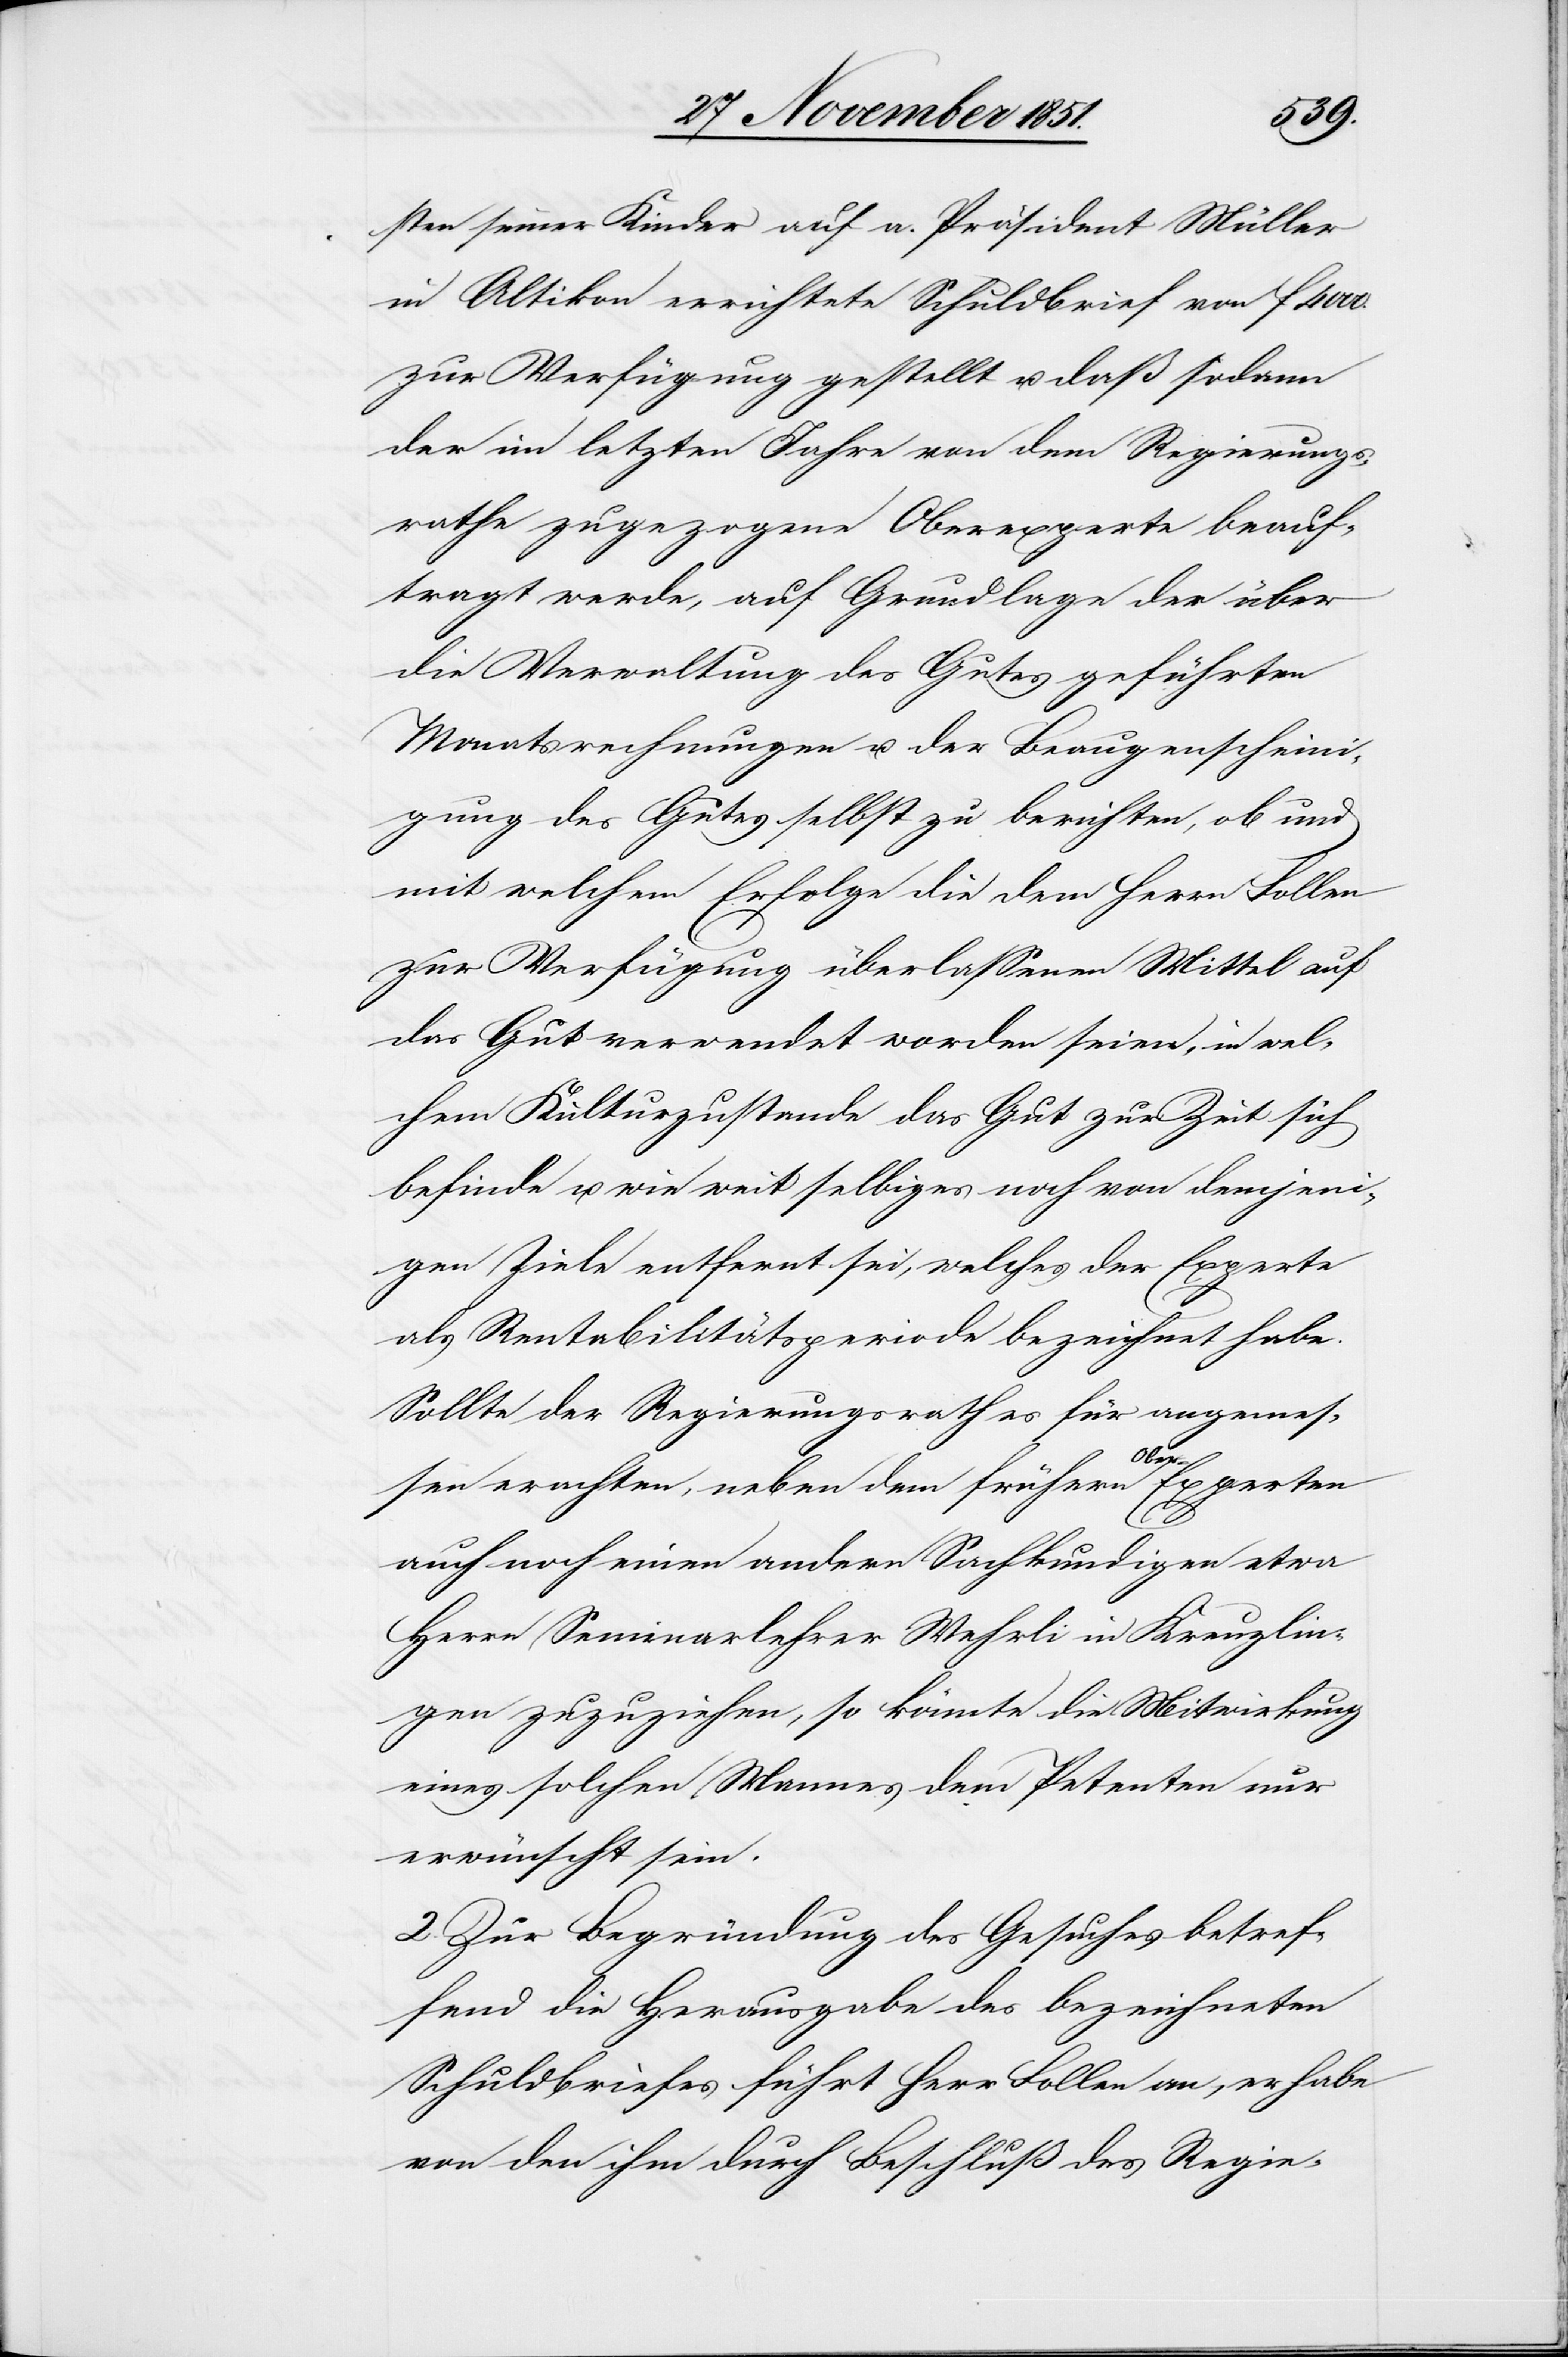
sten seiner Kinder auf a. Präsident Müller
in Altikon errichtete Schuldbrief von f 4000.
zur Verfügung gestellt u. daß sodann
der im letzten Jahre von dem Regierungs¬
rathe zugezogene Oberexperte beauf¬
tragt werde, auf Grundlage der über
die Verwaltung des Gutes geführten
Monatsrechnungen u. der Beaugenscheini¬
gung des Gutes selbst zu berichten, ob und
mit welchem Erfolge die dem Herrn Follen
zur Verfügung überlassenen Mittel auf
das Gut verwendet worden seien, in wel¬
chem Kulturzustande das Gut zur Zeit sich
befinde u. wie weit selbiges noch von demjeni¬
gen Ziele entfernt sei, welches der Experte
als Rentabilitätsperiode bezeichnet habe.
Sollte der Regierungsrath es für angemes¬
sen erachten, neben dem frühern Ober-Experten
auch noch einen andern Sachkundigen etwa
Herrn Seminarlehrer Wehrli in Kreuzlin¬
gen zuzuziehen, so könnte die Mitwirkung
eines solchen Mannes dem Petenten nur
erwünscht sein.
2. Zur Begründung des Gesuches betref¬
fend die Herausgabe des bezeichneten
Schuldbriefes führt Herr Follen an, er habe
von den ihm durch Beschluß des Regie-